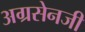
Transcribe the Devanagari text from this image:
अग्रसेनजी